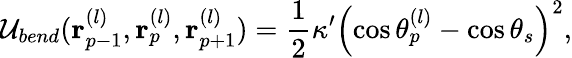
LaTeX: {{\cal U}_{bend}({\mathbf r}_{p-1}^{(l)},{\mathbf r}_{p}^{(l)},{\mathbf r}_{p+1}^{(l)})=\frac{1}{2}\kappa^{\prime}\left(\cos\theta_{p}^{(l)}-\cos\theta_{s}\right)^{2},}